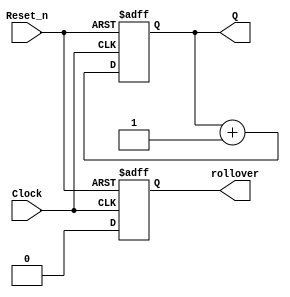
module counter (Clock, Reset_n, Q, rollover);
parameter n = 4;
parameter k = 20;

input Clock, Reset_n;

output [n-1:0] Q;
output rollover;

reg [n-1:0] Q;
reg rollover;

always @(posedge Clock, negedge Reset_n) begin
	if (!Reset_n) begin
		Q <= 0;
		rollover <= 0;
	end
	
	else begin
		if(Q == (k-1)) begin
			Q <= 0;
			rollover <= 1;
		end
		else begin
			Q <= Q + 1;
			rollover <= 0;
		end
	end
end

endmodule